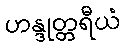
ဟန္ဒုတ္တရီယံ